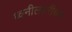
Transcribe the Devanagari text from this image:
ध्वनीलहरींच्या